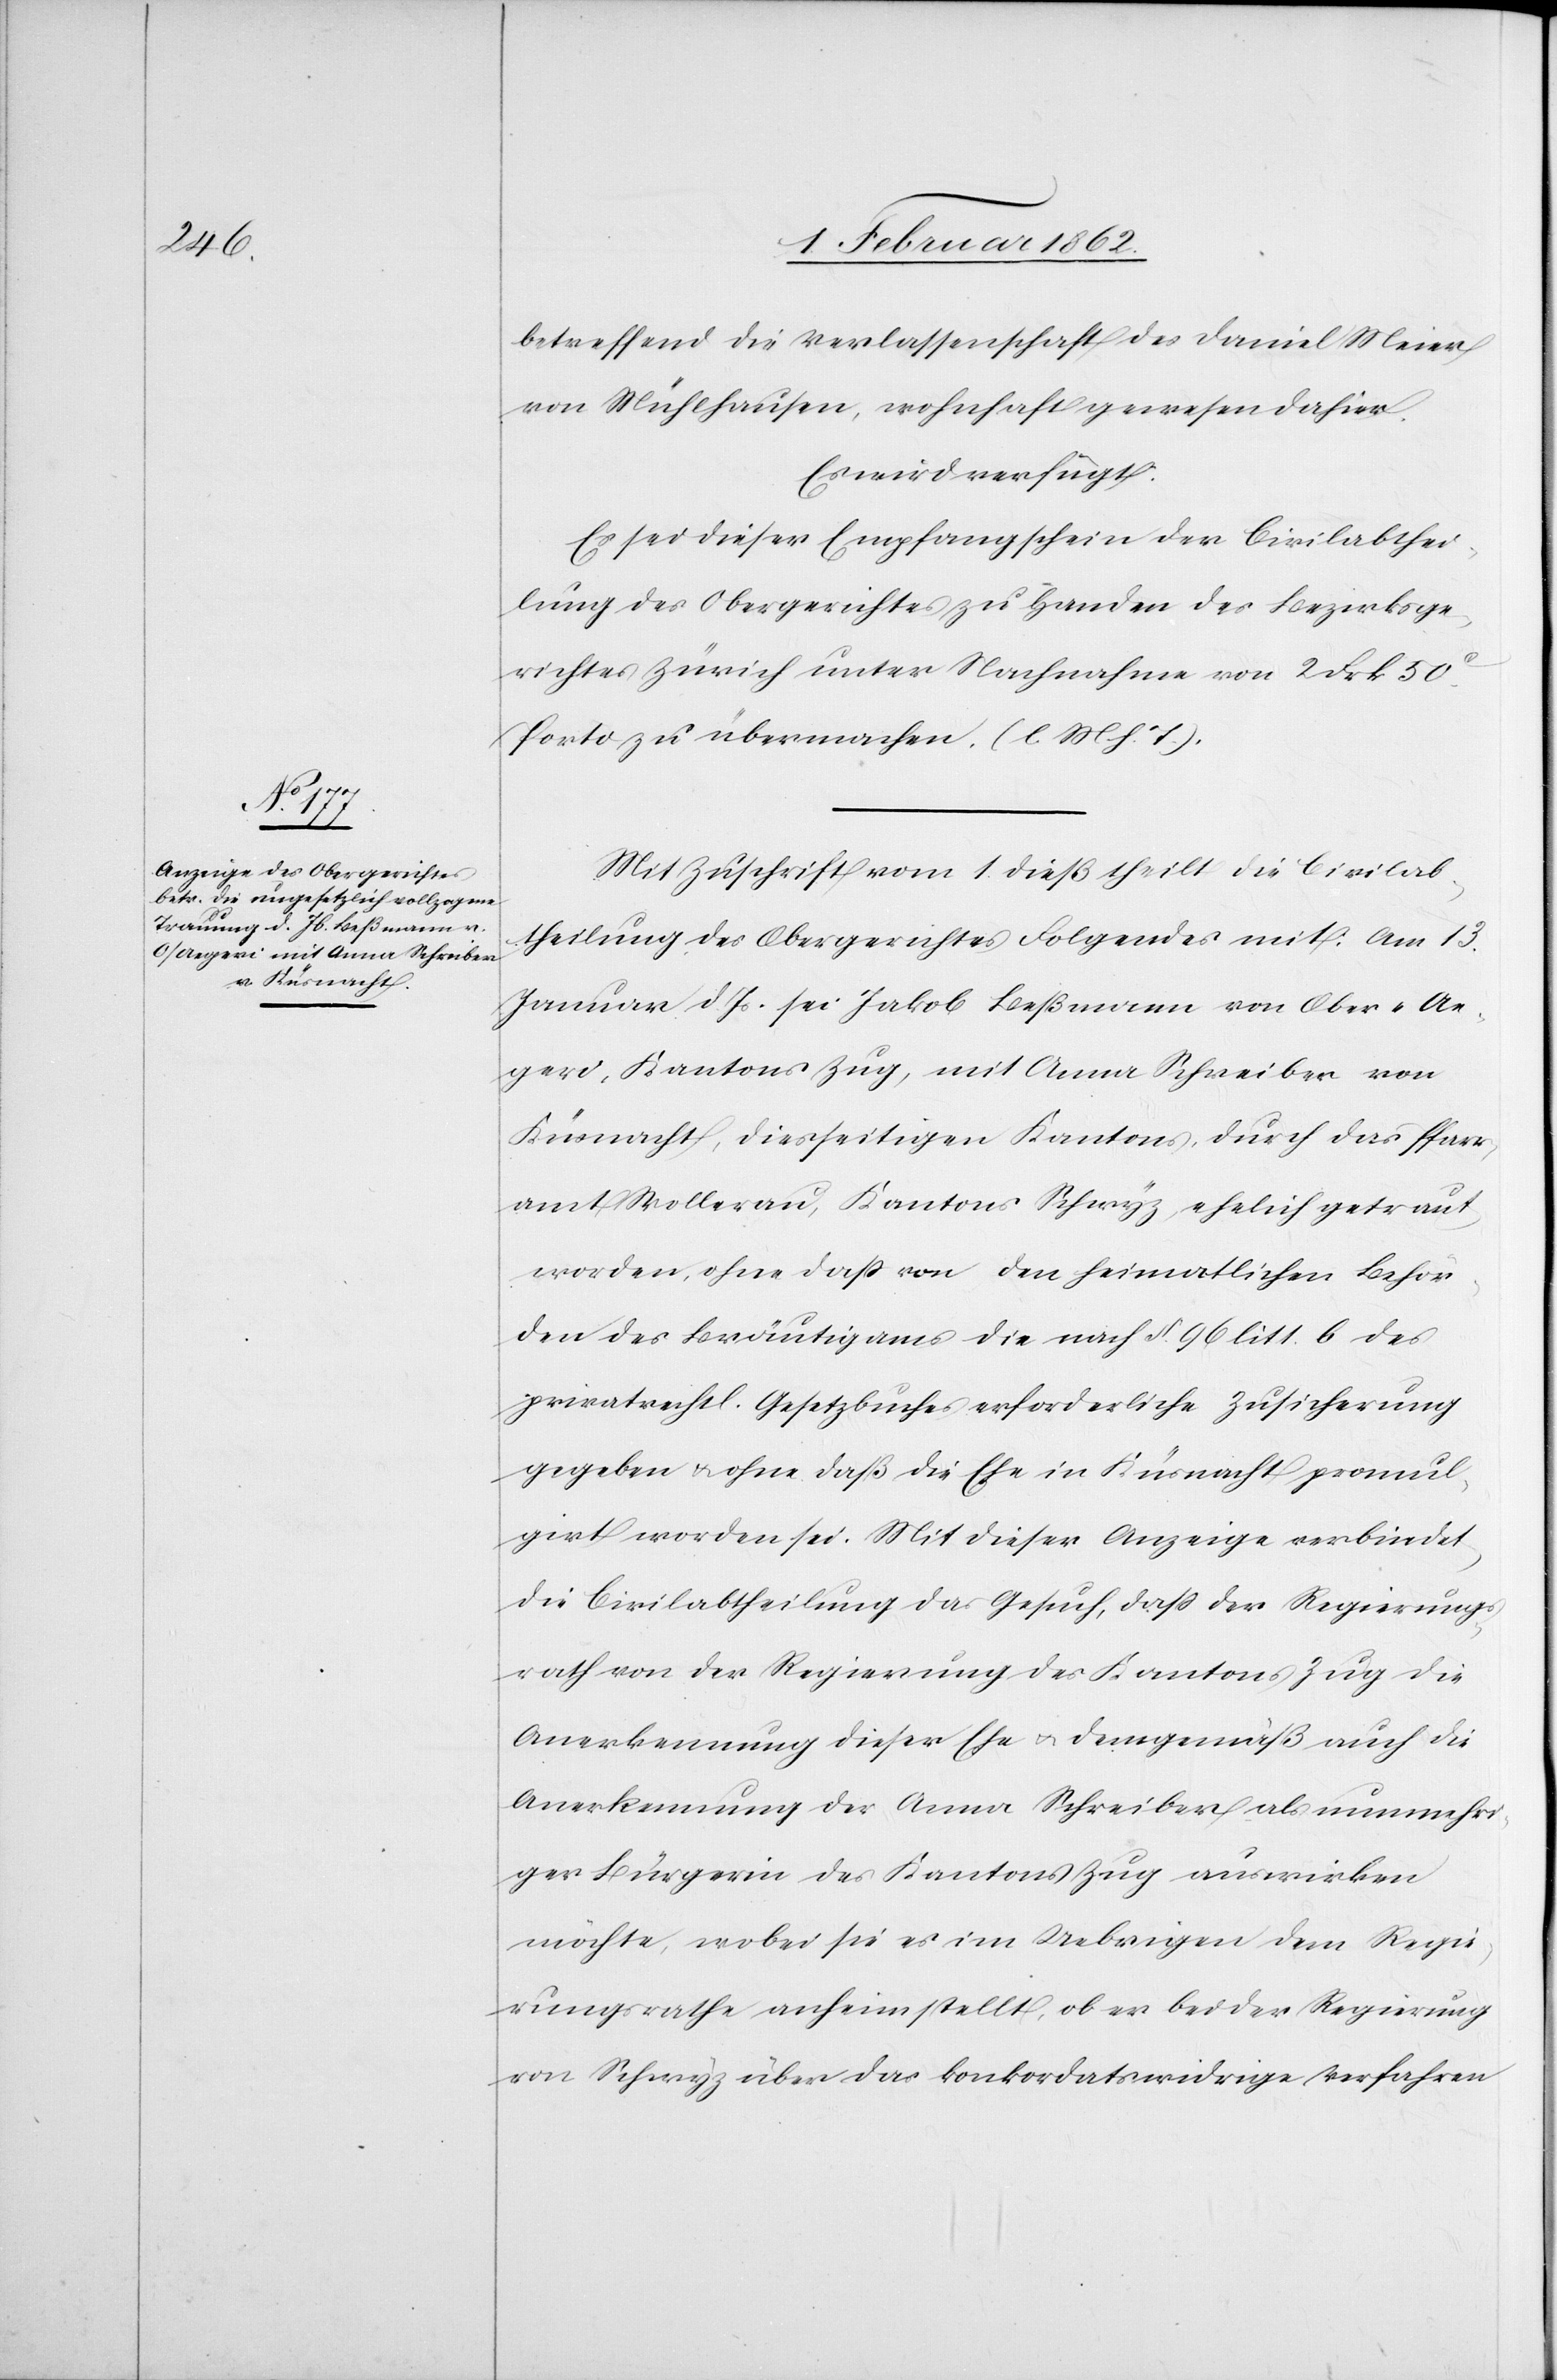
3. Februar 1862.]
betreffend die Verlassenschaft des Daniel Meier
von Mühlhausen, wohnhaft gewesen dahier.
Es wird verfügt:
Es sei dieser Empfangschein der Civilabthei¬
lung des Obergerichtes zu Handen des Bezirksge¬
richtes Zürich unter Nachnahme von 2 Frk 50c.
Porto zu übermachen. (l M h. T.).
Mit Zuschrift vom 1. dieß theilt die Civilab¬
theilung des Obergerichtes Folgendes mit: Am 13.
Januar d Js. sei Jakob Beßmann von Ober-Ae¬
geri, Kantons Zug, mit Anna Schreiber von
Küsnacht, diesseitigen Kantons, durch das Pfarr¬
amt Wollerau, Kantons Schwyz, ehelich getraut
worden, ohne daß von den heimatlichen Behör¬
den des Bräutigams die nach §. 96 litt. b des
privatrechtl. Gesetzbuches erforderliche Zusicherung
gegeben u. ohne daß die Ehe in Küsnacht promul¬
girt worden sei. Mit dieser Anzeige verbindet
die Civilabtheilung das Gesuch, daß der Regierungs¬
rath von der Regierung des Kantons Zug die
Anerkennung dieser Ehe u. demgemäß auch die
Anerkennung der Anna Schreiber als nunmehri¬
ger Bürgerin des Kantons Zug auswirken
möchte, wobei sie es im Uebrigen dem Regie¬
rungsrathe anheim stellt, ob er bei der Regierung
von Schwyz über das konkordatswidrige Verfahren